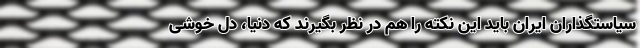
سیاستگذاران ایران باید این نکته را هم در نظر بگیرند که دنیا، دل خوشی